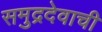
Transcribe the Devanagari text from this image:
समुद्रदेवाची